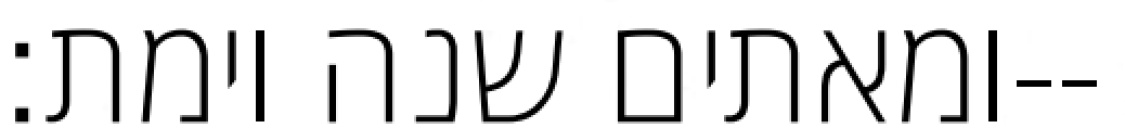
ומאתים שנה וימת׃--